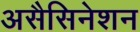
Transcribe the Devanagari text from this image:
असैसिनेशन